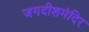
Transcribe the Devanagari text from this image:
जगदीशमंदिर